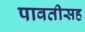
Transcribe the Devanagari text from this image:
पावतीसह